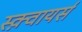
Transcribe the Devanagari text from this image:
स्क़्वायर्स